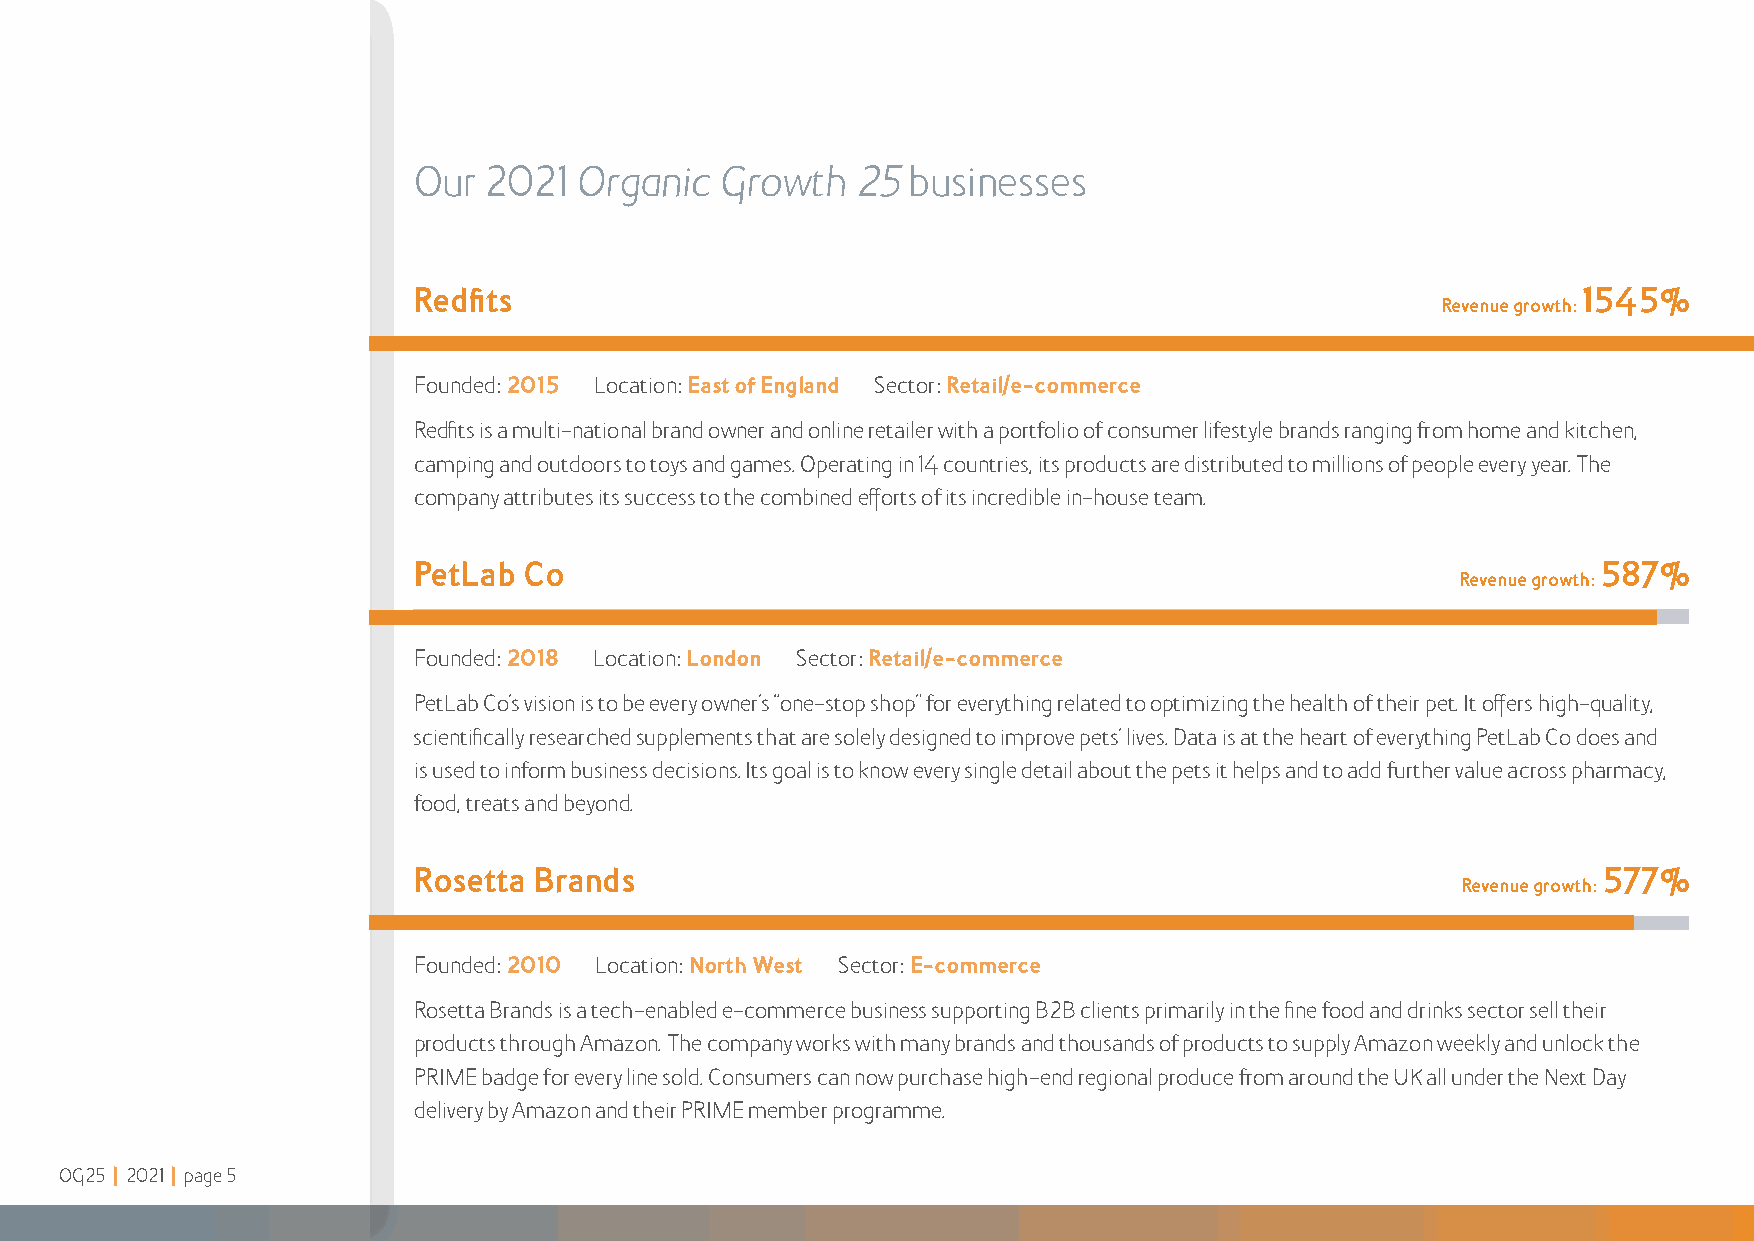
Our  2021  Organic   Growth   25 businesses
 Redfits                                                                       1545%
 Revenue growth:
 Founded: 2015 Location: East of England Sector: Retail/e-commerce
 Redfits is a multi-national brand owner and online retailer with a portfolio of consumer lifestyle brands ranging from home and kitchen,
 camping and outdoors to toys and games Operating in 14 countries, its products are distributed to millions of people every year The
 company attributes its success to the combined efforts of its incredible in-house team
 PetLab  Co                                                                     587%
 Revenue growth:
 Founded: 2018 Location: London Sector: Retail/e-commerce
 PetLab Co’s vision is to be every owner’s “one-stop shop” for everything related to optimizing the health of their pet It offers high-quality,
 scientifically researched supplements that are solely designed to improve pets’ lives Data is at the heart of everything PetLab Co does and
 is used to inform business decisions Its goal is to know every single detail about the pets it helps and to add further value across pharmacy,
 food, treats and beyond
 Rosetta Brands                                                                 577%
 Revenue growth:
 Founded: 2010 Location: North West Sector: E-commerce
 Rosetta Brands is a tech-enabled e-commerce business supporting B2B clients primarily in the fine food and drinks sector sell their
 products through Amazon The company works with many brands and thousands of products to supply Amazon weekly and unlock the
 PRIME badge for every line sold Consumers can now purchase high-end regional produce from around the UK all under the Next Day
 delivery by Amazon and their PRIME member programme
 OG25 | 2021 | page 5